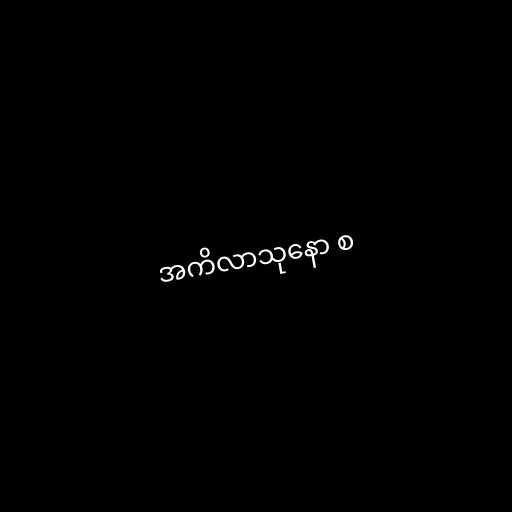
အကိလာသုနော စ